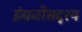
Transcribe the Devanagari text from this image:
इंग्रजीसदृश्य